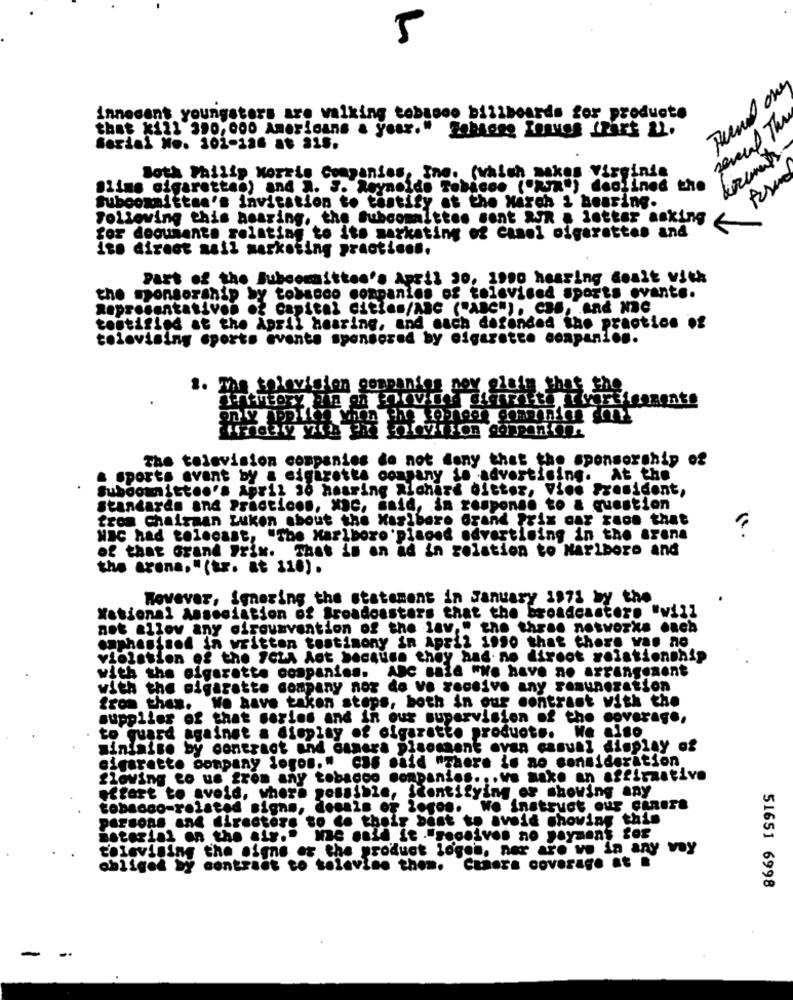
5
innocent youngsters are walking tobroos billboards for producto
several The
that kill 390,000 Americans a year." Sohaoge Knaves fRart &L.
Serial No. 101-136 at 315.
Both Philip Morris Companies, The. (which makes Visg;
Slims cigarettes) and a. S. Reynolds Tobacco ("AJR*) dediined the
Subcommittee's invitation to testify at the March & bearing.
Following this noaring, the Subcommittee sent &R & letter asking
for documents relating to its marketing of Camel cigarettes and
ito direct mail marketing practices.
Part of the Bubeemitten's April 30, 1990 hearing doait vith
the sponsorship by tobacco companies of televised sports events.
Representatives of Capital cities/ABC ("ABC"), CBS, And Ne
testified at the April hearing, and each defended the practice of
televising sports events sponsored by cigarette companion.
2. The television companies nov alais that the
The television companies do not deny that the sponsorship of
& sports avant by a cigarette company to advertising. At the
Subdomittoo's April 30 hearing Alohazd ditter, Vice President,
Standards and Prácticos, Xac, said, in response to & question
from chairaan Luken about the Maribore Grand Prix car race that
NBC had telecast, "The Marlboro'pisood advertising in the arena
of that Grand Prix. That is an ad in relation to Marlboro and
the arena," (tr. at 110) .
However, Smeeting the statement in January 197% by the
National Association of Broadcasters that the broadcaster. "will
not allow any circumvention of the lav," the three nosworks each
emphasisod in written testimony in april 1990 that there was no
violation of the SCLA Act because they had-no direct relationship
with the cigarette companies. Abc said "we have no arrangement
with the cigarette company nor do vo receive any remuneration
from them. We have taken steps, both in our contrast with the
supplier of that series and in our supervision of the coverage,
to guard against a display of oigazatto produot ..
siniaise by contract and camera pisomaent ovan casual display of
cigarette company logos." cas said "There is no consideration
floving to us from any tobacco companies ... we make an affirmative
effort to avoid, where possible, ientifying or showing any
tobacco-related signs, denn's of logos. We instruct our canera
persons and directore to do their best to avoid showing this
material on the air." Nne maid it ."receives no payment for
televising the signs er the product logos, ner are ve in any way
obliged by contract to tolavino thon. Camera coverage at .
51651 6998
-.
-